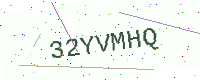
Text: 32YVMHQ